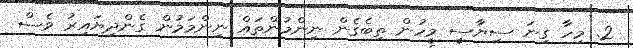
2. މިހާ ގިނަ ސިޔާސީ މީހުން ތިބެގެން ނިންމުންތައް ނިންމަމުން ގެންދިޔައިރު ވެސް